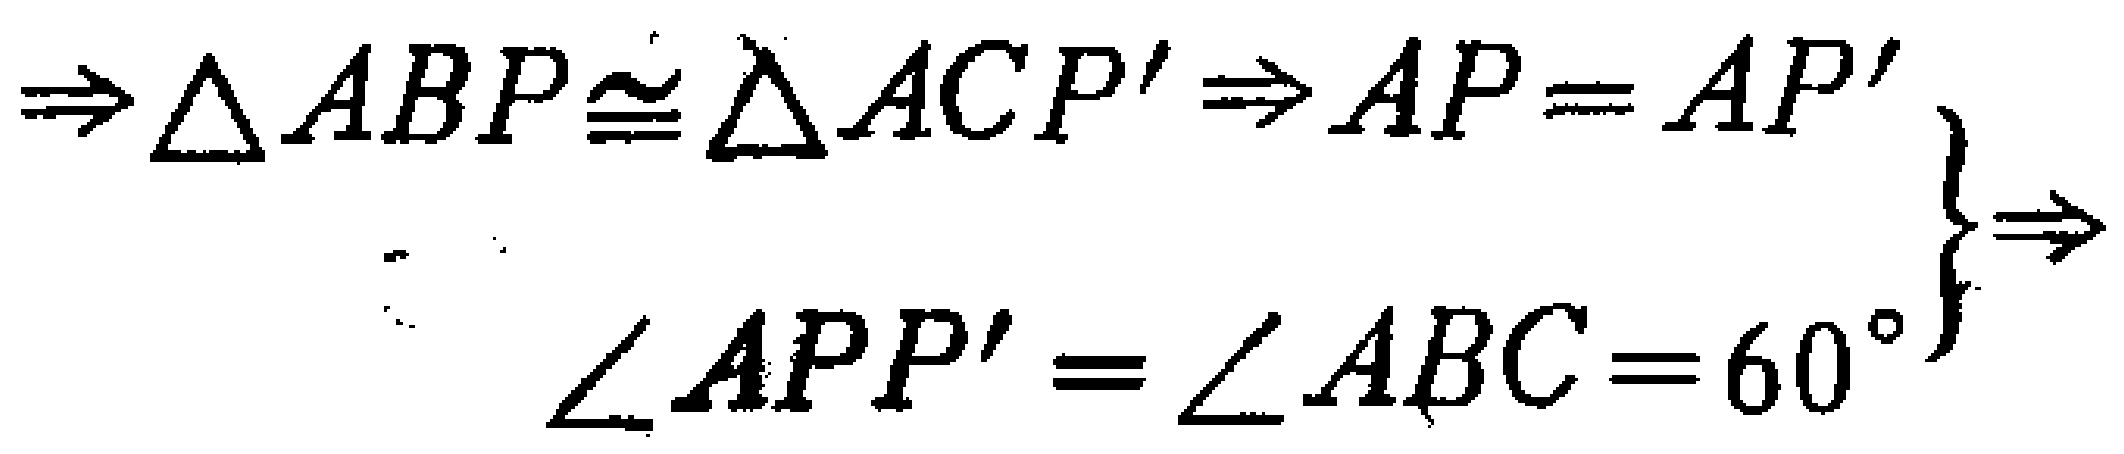
\(\left.\begin{array}{r}\Rightarrow \triangle ABP\cong \triangle ACP'\Rightarrow AP = AP'\\\angle APP'=\angle ABC = 60^{\circ}\end{array}\right\}\Rightarrow\)